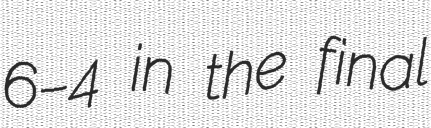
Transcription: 6–4 in the final